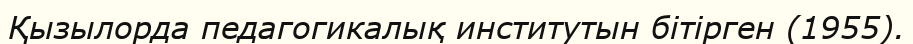
Қызылорда педaгогикалық институтын бітірген (1955).